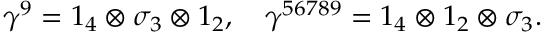
\gamma ^ { 9 } = 1 _ { 4 } \otimes \sigma _ { 3 } \otimes 1 _ { 2 } , \quad \gamma ^ { 5 6 7 8 9 } = 1 _ { 4 } \otimes 1 _ { 2 } \otimes \sigma _ { 3 } .